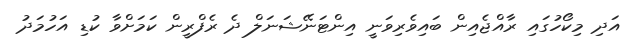
އަދި މިކޯހުގައި ރާއްޖެއިން ބައިވެރިވަނީ އިންޓަނޭޝަނަލް ދެ ރެފްރީން ކަމަށްވާ ކުޑި އަހުމަދު